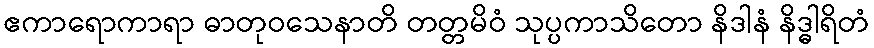
ဧကာရောကာရာ ဓာတုဝသေနာတိ တတ္တမိဝံ သုပ္ပကာသိတော နိဒါနံ နိဒ္ဓါရိတံ